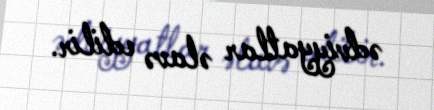
ədviyyatlar əlavə edilir.